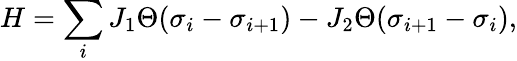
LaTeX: H=\sum_{i}J_{1}\Theta(\sigma_{i}-\sigma_{i+1})-J_{2}\Theta(\sigma_{i+1}-\sigma_{i}),